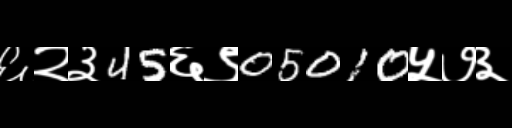
Text: ६२३45६९05010५७३